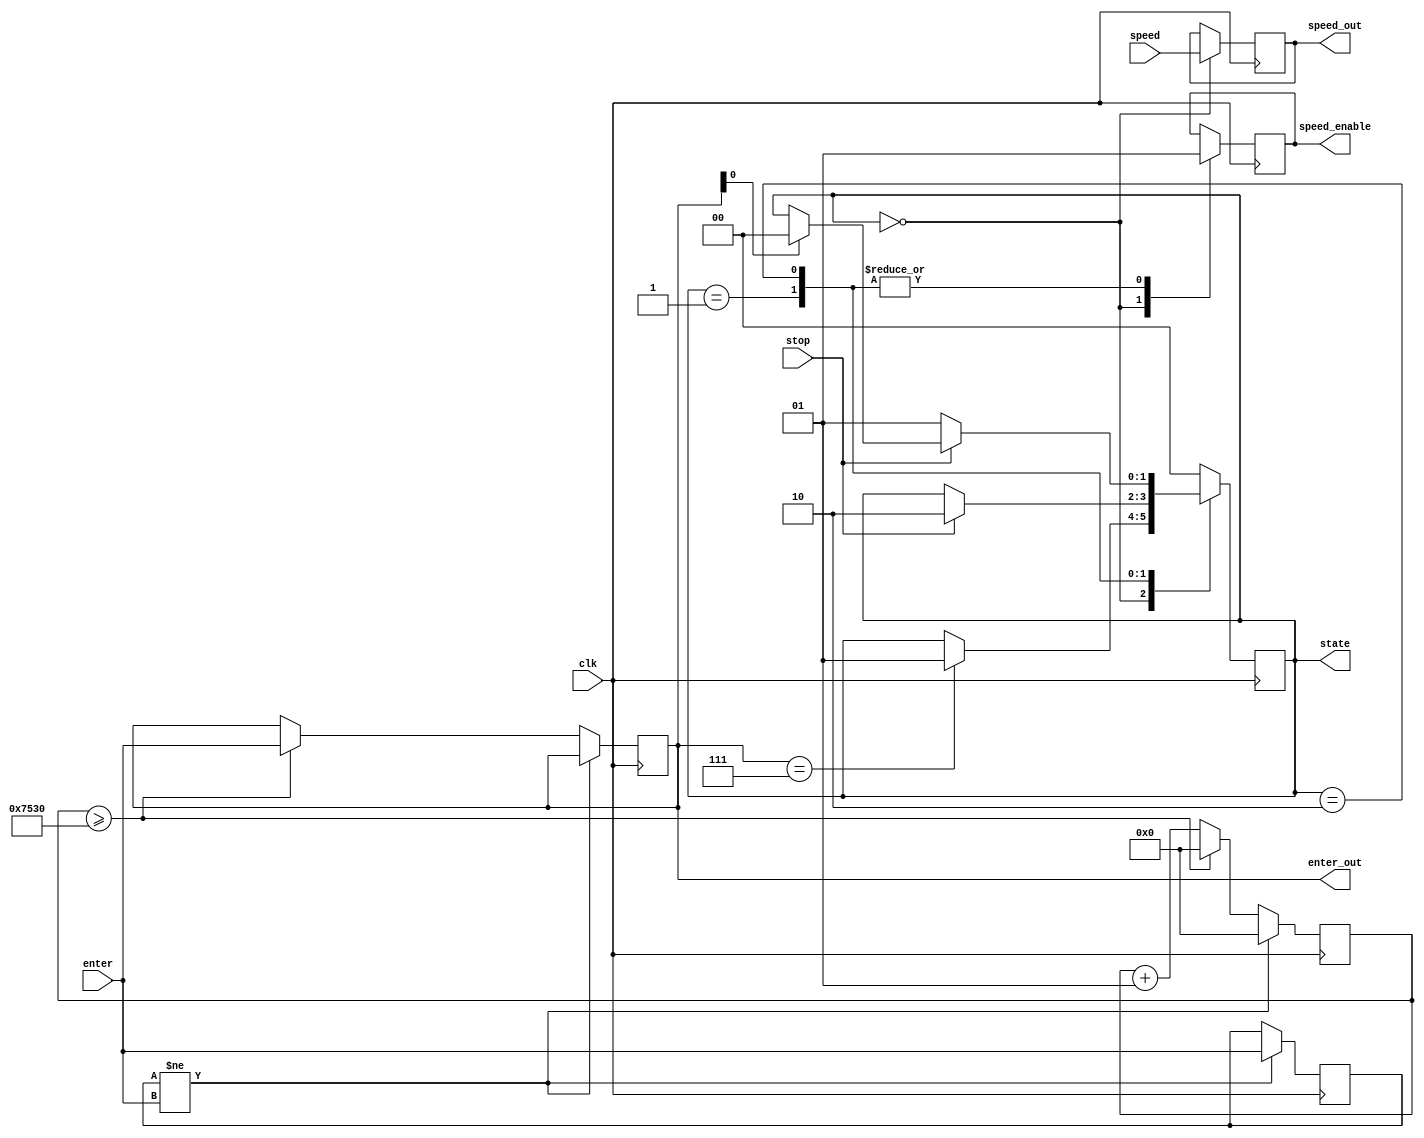
module control (enter, speed, stop, clk, state, enter_out, speed_out, speed_enable);
	//clk = 1Mhz
	input stop, clk;
	input [2:0] enter, speed;
	output reg speed_enable;
	output reg [2:0] enter_out, speed_out;
	output reg [1:0] state;
	
	//Enter Button
	reg[2:0] prev_enter;
	integer holded;
	parameter _hold_thresh = 30000; //hold enter for 50ms will trigger enter_out

	initial
	begin
		holded = 0;	
		prev_enter = 3'b000;
		speed_enable = 0;
		enter_out  = 0;
		speed_out = 0;
		state = 0;
	end

	always@(posedge clk) begin
		//Button Trigger
		if(prev_enter != enter)
		begin
			holded <= 0;
			prev_enter <= enter;
		end
		else
		begin				
			if(holded >= _hold_thresh)
			begin
			enter_out <= enter;
			holded <= 0;
			end
			else begin
				holded <= holded + 1;
			end
			
		end

		
		
		case(state)
			0:
			begin
				speed_enable <= 0;
				speed_out <= speed;
				
				if(enter_out == 3'b111)
					state <= 1;
			end
			1:
			begin
				speed_enable <= 1;				
				if(stop) state <= 2;
			end
			
			2:
			begin
				speed_enable <= 1;
				
				if(~stop)
					state <= 1;
				else if(enter_out[0])
					state <= 0;
			end
			
			default:
				state <= 0;
		endcase
	end
endmodule